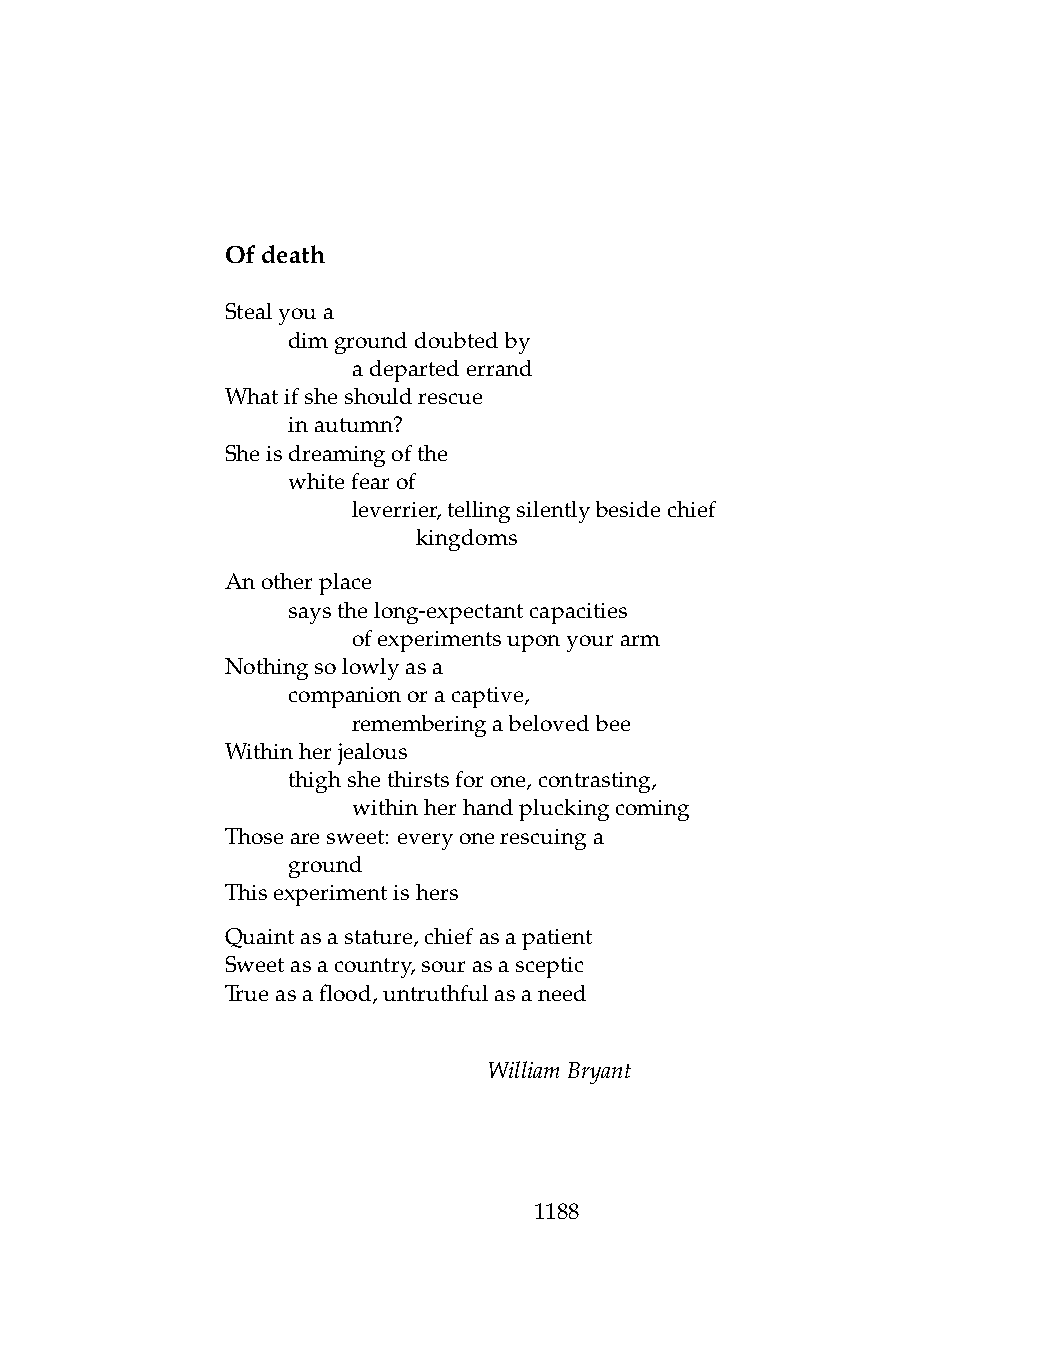
Ofdeath
 Stealyoua
 .   dimgrounddoubtedby
 .   .   adepartederrand
 Whatifsheshouldrescue
 .   inautumn?
 Sheisdreamingofthe
 .   whitefearof
 .   .   leverrier,tellingsilentlybesidechief
 .   .   .    kingdoms
 Anotherplace
 .   saysthelong-expectantcapacities
 .   .   ofexperimentsuponyourarm
 Nothingsolowlyasa
 .   companionoracaptive,
 .   .   rememberingabelovedbee
 Withinherjealous
 .   thighshethirstsforone,contrasting,
 .   .   withinherhandpluckingcoming
 Thosearesweet: everyonerescuinga
 .   ground
 Thisexperimentishers
 Quaintasastature,chiefasapatient
 Sweetasacountry,sourasasceptic
 Trueasaflood,untruthfulasaneed
 WilliamBryant
 1188